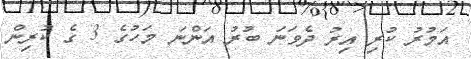
އަމުރު ކުރި އިރު ދެވަނަ ބުރު އަންނަ މަހުގެ 3 ގެ ކުރިން